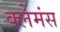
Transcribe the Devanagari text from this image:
क्लेमंस